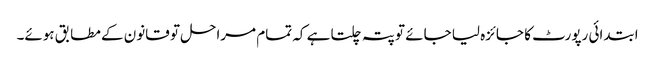
ابتدائی رپورٹ کا جائزہ لیا جائے تو پتہ چلتا ہے کہ تمام مراحل تو قانون کے مطابق ہوئے۔